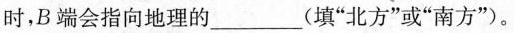
时，B端会指向地理的___(填”北方”或”南方”)。